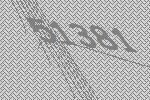
51381